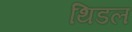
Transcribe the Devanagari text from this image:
थिडल